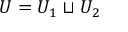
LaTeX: U = U _ { 1 } \sqcup U _ { 2 }